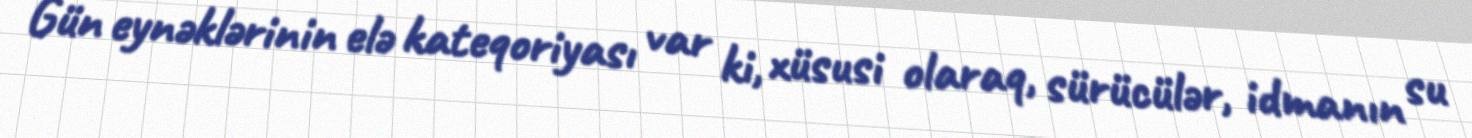
Gün eynəklərinin elə kateqoriyası var ki, xüsusi olaraq, sürücülər, idmanın su